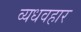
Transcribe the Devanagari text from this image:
व्यधवहार